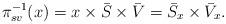
LaTeX: \begin{align*}\pi^{-1}_{sv}(x)=x\times\bar{S} \times\bar{V}=\bar{S}_{x}\times\bar{V}_{x}.\end{align*}